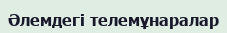
Әлемдегі телемұнаралар